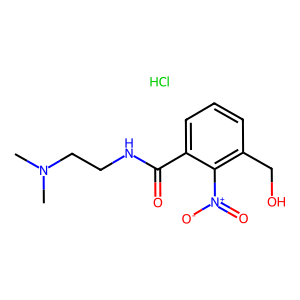
SMILES: CN(C)CCNC(=O)c1cccc(CO)c1[N+](=O)[O-].Cl
Inhibits HIV replication: No